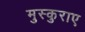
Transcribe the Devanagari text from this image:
मुस्कुराए